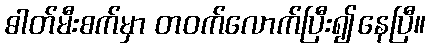
ဓါတ်မီးစက်မှာ တဝက်လောက်ပြီး၍နေပြီ။